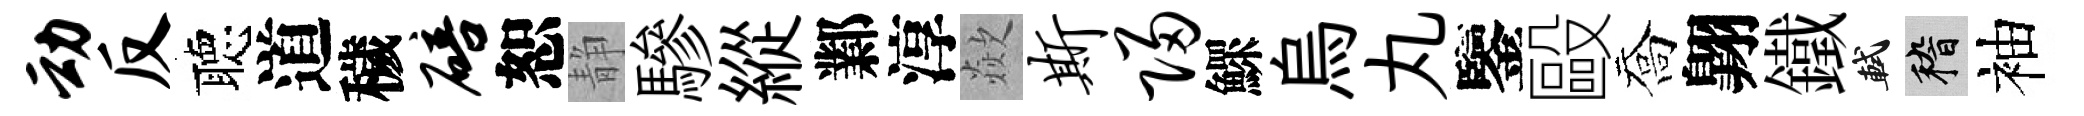
动反聴道穢碚恕静驂縱鄴淳歘斯归鰥烏丸鑒毆喬翺鐵軾稽袖